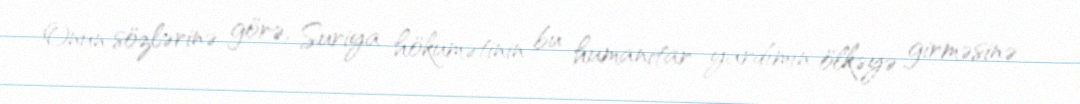
Onun sözlərinə görə, Suriya hökumətinin bu humanitar yardımın ölkəyə girməsinə